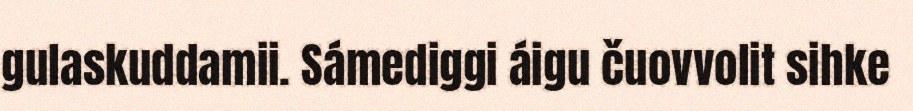
gulaskuddamii. Sámediggi áigu čuovvolit sihke